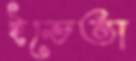
ইভেতা